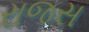
રાજસ